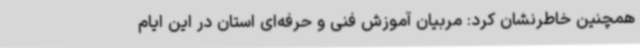
همچنین خاطرنشان کرد: مربیان آموزش فنی و حرفه‌ای استان در این ایام